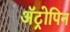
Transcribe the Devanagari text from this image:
अॅट्रोपिन